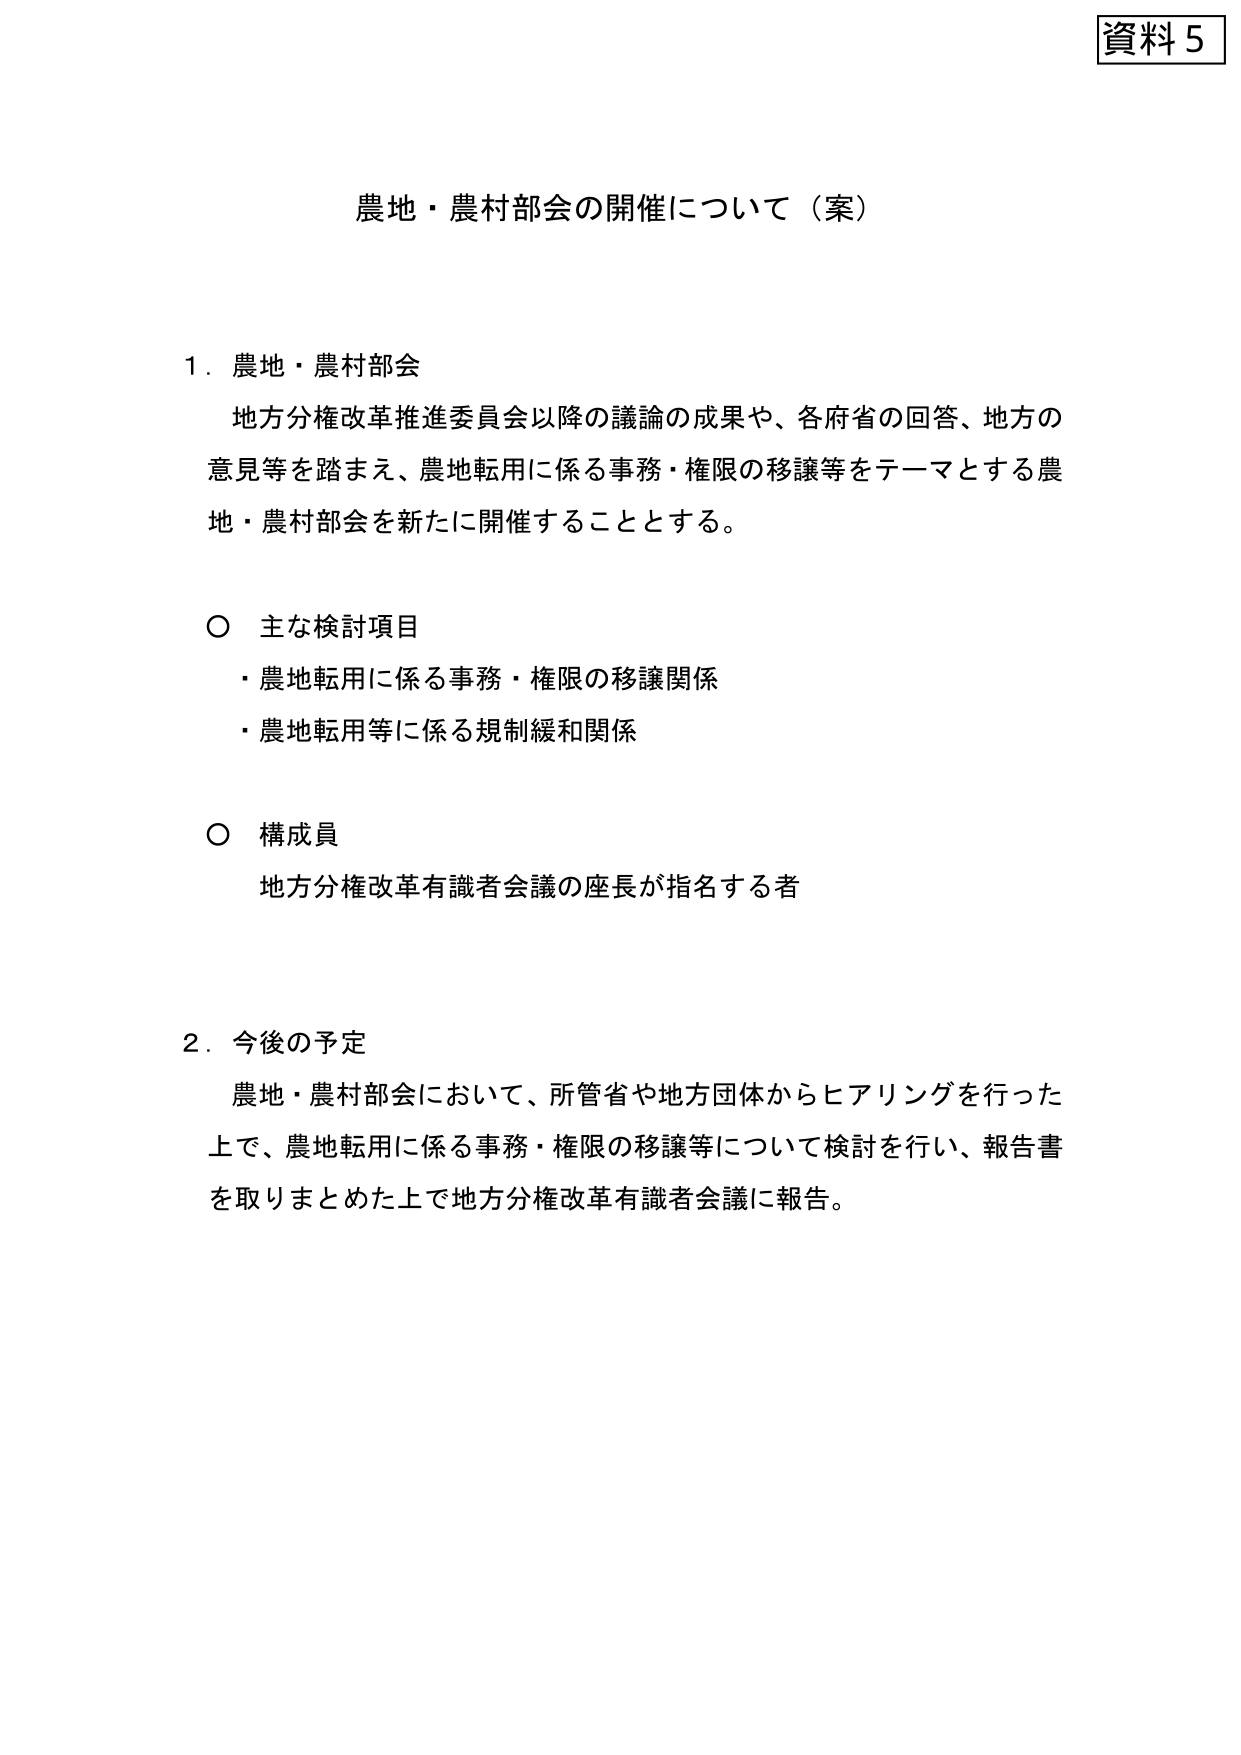
資料５

農地・農村部会の開催について（案）

１．農地・農村部会
　地方分権改革推進委員会以降の議論の成果や、各府省の回答、地方の
　意見等を踏まえ、農地転用に係る事務・権限の移譲等をテーマとする農
　地・農村部会を新たに開催することとする。

　○ 主な検討項目
　・農地転用に係る事務・権限の移譲関係
　・農地転用等に係る規制緩和関係

　○ 構成員
　　地方分権改革有識者会議の座長が指名する者

２．今後の予定
　農地・農村部会において、所管省や地方団体からヒアリングを行った
　上で、農地転用に係る事務・権限の移譲等について検討を行い、報告書
　を取りまとめた上で地方分権改革有識者会議に報告。